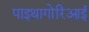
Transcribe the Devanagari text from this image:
पाइथागोरिआई